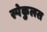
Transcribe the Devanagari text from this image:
स्पेकुलस